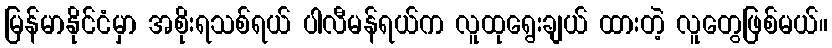
မြန်မာနိုင်ငံမှာ အစိုးရသစ်ရယ် ပါလီမန်ရယ်က လူထုရွေးချယ် ထားတဲ့ လူတွေဖြစ်မယ်။